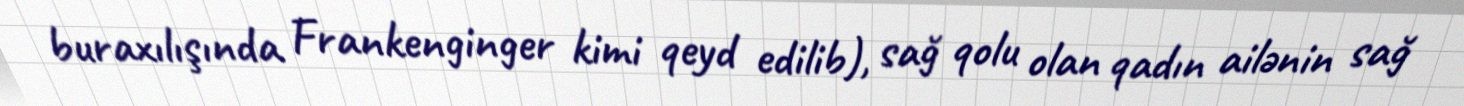
buraxılışında Frankenginger kimi qeyd edilib), sağ qolu olan qadın ailənin sağ